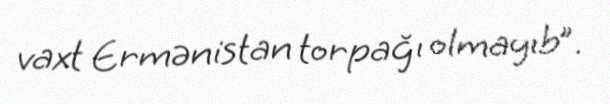
vaxt Ermənistan torpağı olmayıb”.